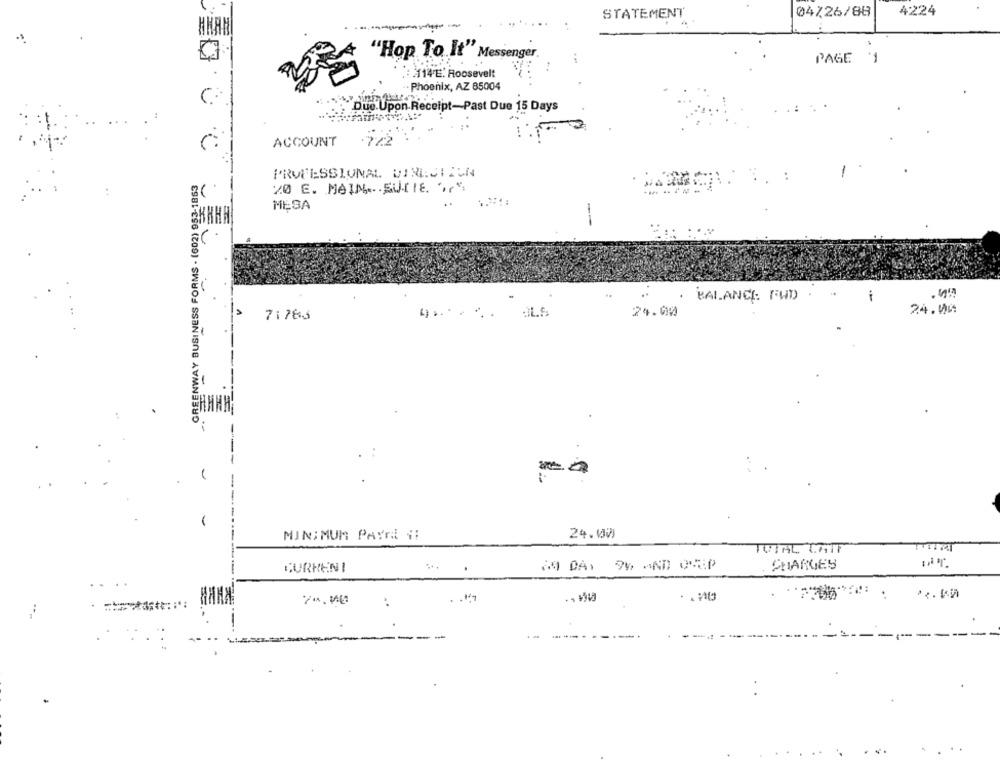
04/26/88
4224
STATEMENT.
"Hop To It" Messenger.
PAGE
1
: 114'E. Roosevelt
. Phoenix, AZ 85004
Due.Upon Receipt-Past Due 15 Days
ACCOUNT
GREENWAY BUSINESS FORMS . (602) 953-1863
PROFESSIONAL DIRECTION
20 E. MAIN ... SUITE. " ,, "
MESA
--
.
BALANCE: FWD)
i
24.44
71763
24.00
MINIMUM PAYRE V:
24.00
TUTAL CAIF
CURRENT
.
CHARGES
..